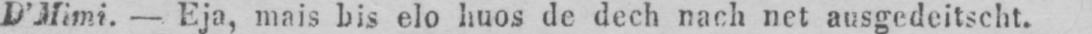
D’Mimi. - Eja, mais bis elo huos de dech nach net ausgedeitscht.